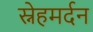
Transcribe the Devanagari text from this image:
स्नेहमर्दन